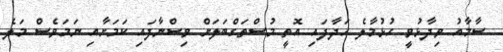
ސާމާއު ވިދާޅުވީ ހުޅުމާލެ ހަދާފައި އޮތީ މުސްތަގްބަލަށް ވިސްނާފައި ކަމަށާއި ނަމަވެސް މަލެ